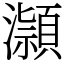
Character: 𪷿